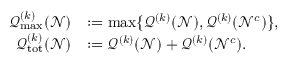
\begin{array} { r l } { \mathcal { Q } _ { \operatorname* { m a x } } ^ { ( k ) } ( \mathcal { N } ) } & { : = \operatorname* { m a x } \{ \mathcal { Q } ^ { ( k ) } ( \mathcal { N } ) , \mathcal { Q } ^ { ( k ) } ( \mathcal { N } ^ { c } ) \} , } \\ { \mathcal { Q } _ { \mathrm { t o t } } ^ { ( k ) } ( \mathcal { N } ) } & { : = \mathcal { Q } ^ { ( k ) } ( \mathcal { N } ) + \mathcal { Q } ^ { ( k ) } ( \mathcal { N } ^ { c } ) . } \end{array}